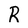
Character: R